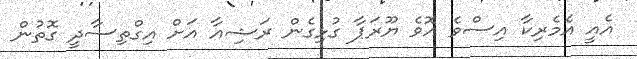
އެއީ އެމެރިކާ އިސްވެ އޮވެ ޔޫރަޕާ ގުޅިގެން ރަޝިއާ އަށް އިގްތިސާދީ ގޮތުން